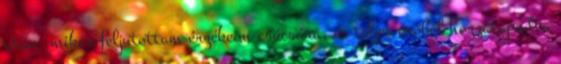
után, mikor feljutottam érzékeim csúcsára, és teljes erőből hozzátapadva